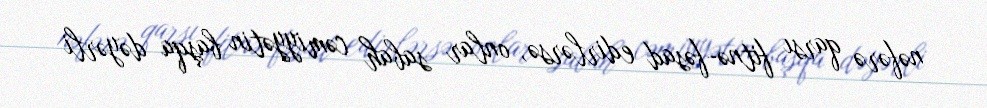
nəfərə qarsı fitnə-fəsad edirlərsə, onlar sabah cəmiyyətin başqa dəyərli